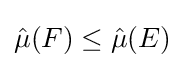
{\hat {\mu }}(F)\leq {\hat {\mu }}(E)